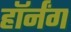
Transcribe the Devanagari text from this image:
हॉर्नंग